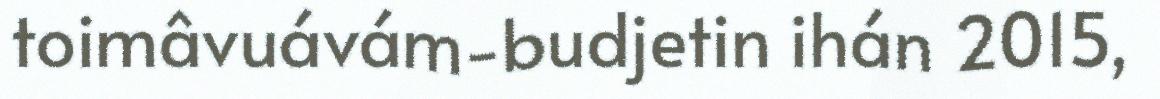
toimâvuávám-budjetin ihán 2015,